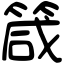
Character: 箴